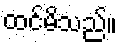
ထင်မိသည်။